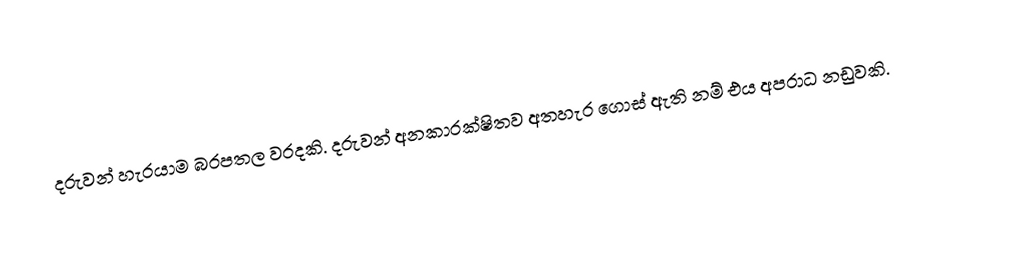
දරුවන් හැරයාම බරපතල වරදකි. දරුවන් අනකාරක්ෂිතව අතහැර ගොස් ඇති නම් එය අපරාධ නඩුවකි.